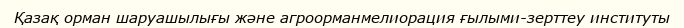
Қазақ орман шаруашылығы және агроорманмелиорация ғылыми-зерттеу институты